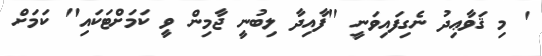
' މި ޤަވާޢިދު ނެގިފައިވަނީ ''ފާއިދާ ލިބުނީ ޖާމިން ވީ ކަމަށްޓަކައި'' ކަމަށް